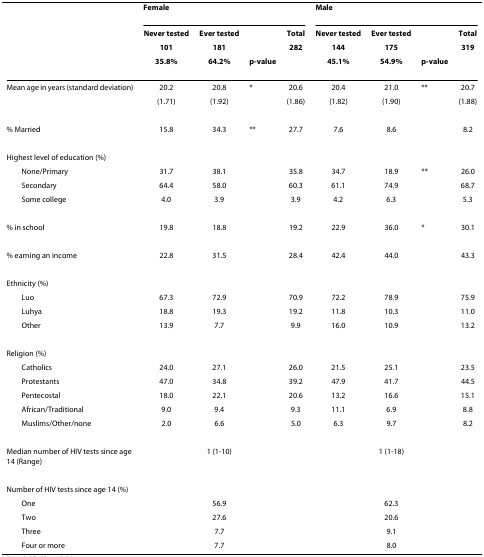
<table><thead><tr><td></td><td colspan="4"><b>Female</b></td><td colspan="4"><b>Male</b></td></tr><tr><td></td><td><b>Never tested</b></td><td><b>Ever tested</b></td><td></td><td><b>Total</b></td><td><b>Never tested</b></td><td><b>Ever tested</b></td><td></td><td><b>Total</b></td></tr><tr><td></td><td><b>101</b></td><td><b>181</b></td><td></td><td><b>282</b></td><td><b>144</b></td><td><b>175</b></td><td></td><td><b>319</b></td></tr><tr><td></td><td><b>35.8%</b></td><td><b>64.2%</b></td><td><b>p-value</b></td><td></td><td><b>45.1%</b></td><td><b>54.9%</b></td><td><b>p-value</b></td><td></td></tr></thead><tbody><tr><td>Mean age in years (standard deviation)</td><td>20.2</td><td>20.8</td><td>*</td><td>20.6</td><td>20.4</td><td>21.0</td><td>**</td><td>20.7</td></tr><tr><td></td><td>(1.71)</td><td>(1.92)</td><td></td><td>(1.86)</td><td>(1.82)</td><td>(1.90)</td><td></td><td>(1.88)</td></tr><tr><td>% Married</td><td>15.8</td><td>34.3</td><td>**</td><td>27.7</td><td>7.6</td><td>8.6</td><td></td><td>8.2</td></tr><tr><td>Highest level of education (%)</td><td></td><td></td><td></td><td></td><td></td><td></td><td></td><td></td></tr><tr><td> None/Primary</td><td>31.7</td><td>38.1</td><td></td><td>35.8</td><td>34.7</td><td>18.9</td><td>**</td><td>26.0</td></tr><tr><td> Secondary</td><td>64.4</td><td>58.0</td><td></td><td>60.3</td><td>61.1</td><td>74.9</td><td></td><td>68.7</td></tr><tr><td> Some college</td><td>4.0</td><td>3.9</td><td></td><td>3.9</td><td>4.2</td><td>6.3</td><td></td><td>5.3</td></tr><tr><td>% in school</td><td>19.8</td><td>18.8</td><td></td><td>19.2</td><td>22.9</td><td>36.0</td><td>*</td><td>30.1</td></tr><tr><td>% earning an income</td><td>22.8</td><td>31.5</td><td></td><td>28.4</td><td>42.4</td><td>44.0</td><td></td><td>43.3</td></tr><tr><td>Ethnicity (%)</td><td></td><td></td><td></td><td></td><td></td><td></td><td></td><td></td></tr><tr><td> Luo</td><td>67.3</td><td>72.9</td><td></td><td>70.9</td><td>72.2</td><td>78.9</td><td></td><td>75.9</td></tr><tr><td> Luhya</td><td>18.8</td><td>19.3</td><td></td><td>19.2</td><td>11.8</td><td>10.3</td><td></td><td>11.0</td></tr><tr><td> Other</td><td>13.9</td><td>7.7</td><td></td><td>9.9</td><td>16.0</td><td>10.9</td><td></td><td>13.2</td></tr><tr><td>Religion (%)</td><td></td><td></td><td></td><td></td><td></td><td></td><td></td><td></td></tr><tr><td> Catholics</td><td>24.0</td><td>27.1</td><td></td><td>26.0</td><td>21.5</td><td>25.1</td><td></td><td>23.5</td></tr><tr><td> Protestants</td><td>47.0</td><td>34.8</td><td></td><td>39.2</td><td>47.9</td><td>41.7</td><td></td><td>44.5</td></tr><tr><td> Pentecostal</td><td>18.0</td><td>22.1</td><td></td><td>20.6</td><td>13.2</td><td>16.6</td><td></td><td>15.1</td></tr><tr><td> African/Traditional</td><td>9.0</td><td>9.4</td><td></td><td>9.3</td><td>11.1</td><td>6.9</td><td></td><td>8.8</td></tr><tr><td> Muslims/Other/none</td><td>2.0</td><td>6.6</td><td></td><td>5.0</td><td>6.3</td><td>9.7</td><td></td><td>8.2</td></tr><tr><td>Median number of HIV tests since age 14 (Range)</td><td></td><td>1 (1-10)</td><td></td><td></td><td></td><td>1 (1-18)</td><td></td><td></td></tr><tr><td>Number of HIV tests since age 14 (%)</td><td></td><td></td><td></td><td></td><td></td><td></td><td></td><td></td></tr><tr><td> One</td><td></td><td>56.9</td><td></td><td></td><td></td><td>62.3</td><td></td><td></td></tr><tr><td> Two</td><td></td><td>27.6</td><td></td><td></td><td></td><td>20.6</td><td></td><td></td></tr><tr><td> Three</td><td></td><td>7.7</td><td></td><td></td><td></td><td>9.1</td><td></td><td></td></tr><tr><td> Four or more</td><td></td><td>7.7</td><td></td><td></td><td></td><td>8.0</td><td></td><td></td></tr></tbody></table>